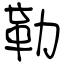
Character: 勒